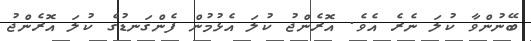
ބޭނުންވާ ކުލަ ނެރެ އެވެ. އޮރެންޖު ކުލަ އެޅުމުން ފެންގަނޑުގެ ކުލަ އޮރެންޖު